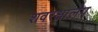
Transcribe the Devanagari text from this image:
शवरक्षालेप